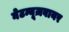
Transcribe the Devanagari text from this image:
नेटन्यूज़वायर